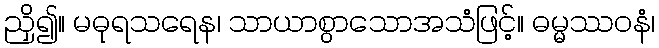
ညှိ၍။ မဓုရသရေန၊ သာယာစွာသောအသံဖြင့်။ ဓမ္မဿဝနံ၊